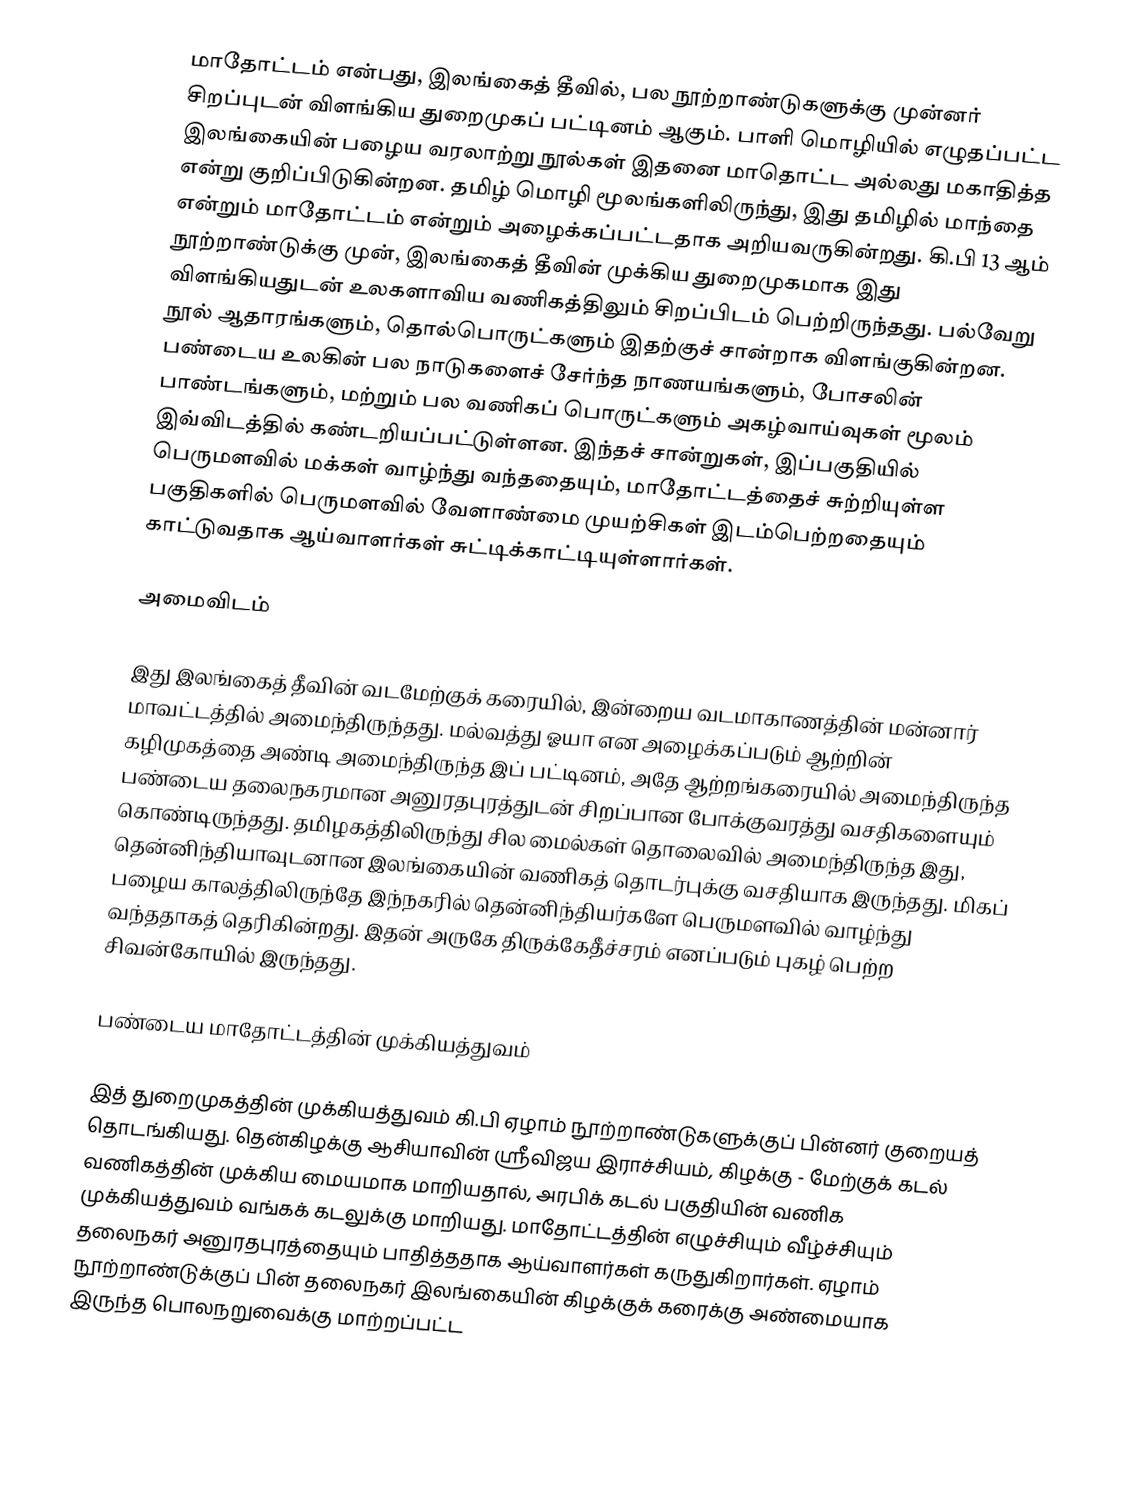
மாதோட்டம் என்பது, இலங்கைத் தீவில், பல நூற்றாண்டுகளுக்கு முன்னர் சிறப்புடன் விளங்கிய துறைமுகப் பட்டினம் ஆகும். பாளி மொழியில் எழுதப்பட்ட இலங்கையின் பழைய வரலாற்று நூல்கள் இதனை மாதொட்ட அல்லது மகாதித்த என்று குறிப்பிடுகின்றன. தமிழ் மொழி மூலங்களிலிருந்து, இது தமிழில் மாந்தை என்றும் மாதோட்டம் என்றும் அழைக்கப்பட்டதாக அறியவருகின்றது. கி.பி 13 ஆம் நூற்றாண்டுக்கு முன், இலங்கைத் தீவின் முக்கிய துறைமுகமாக இது விளங்கியதுடன் உலகளாவிய வணிகத்திலும் சிறப்பிடம் பெற்றிருந்தது. பல்வேறு நூல் ஆதாரங்களும், தொல்பொருட்களும் இதற்குச் சான்றாக விளங்குகின்றன. பண்டைய உலகின் பல நாடுகளைச் சேர்ந்த நாணயங்களும், போசலின் பாண்டங்களும், மற்றும் பல வணிகப் பொருட்களும் அகழ்வாய்வுகள் மூலம் இவ்விடத்தில் கண்டறியப்பட்டுள்ளன. இந்தச் சான்றுகள், இப்பகுதியில் பெருமளவில் மக்கள் வாழ்ந்து வந்ததையும், மாதோட்டத்தைச் சுற்றியுள்ள பகுதிகளில் பெருமளவில் வேளாண்மை முயற்சிகள் இடம்பெற்றதையும் காட்டுவதாக ஆய்வாளர்கள் சுட்டிக்காட்டியுள்ளார்கள்.

அமைவிடம்

இது இலங்கைத் தீவின் வடமேற்குக் கரையில், இன்றைய வடமாகாணத்தின் மன்னார் மாவட்டத்தில் அமைந்திருந்தது. மல்வத்து ஓயா என அழைக்கப்படும் ஆற்றின் கழிமுகத்தை அண்டி அமைந்திருந்த இப் பட்டினம், அதே ஆற்றங்கரையில் அமைந்திருந்த பண்டைய தலைநகரமான அனுரதபுரத்துடன் சிறப்பான போக்குவரத்து வசதிகளையும் கொண்டிருந்தது. தமிழகத்திலிருந்து சில மைல்கள் தொலைவில் அமைந்திருந்த இது, தென்னிந்தியாவுடனான இலங்கையின் வணிகத் தொடர்புக்கு வசதியாக இருந்தது. மிகப் பழைய காலத்திலிருந்தே இந்நகரில் தென்னிந்தியர்களே பெருமளவில் வாழ்ந்து வந்ததாகத் தெரிகின்றது. இதன் அருகே திருக்கேதீச்சரம் எனப்படும் புகழ் பெற்ற சிவன்கோயில் இருந்தது.

பண்டைய மாதோட்டத்தின் முக்கியத்துவம்

இத் துறைமுகத்தின் முக்கியத்துவம் கி.பி ஏழாம் நூற்றாண்டுகளுக்குப் பின்னர் குறையத் தொடங்கியது. தென்கிழக்கு ஆசியாவின் ஸ்ரீவிஜய இராச்சியம், கிழக்கு - மேற்குக் கடல் வணிகத்தின் முக்கிய மையமாக மாறியதால், அரபிக் கடல் பகுதியின் வணிக முக்கியத்துவம் வங்கக் கடலுக்கு மாறியது. மாதோட்டத்தின் எழுச்சியும் வீழ்ச்சியும் தலைநகர் அனுரதபுரத்தையும் பாதித்ததாக ஆய்வாளர்கள் கருதுகிறார்கள். ஏழாம் நூற்றாண்டுக்குப் பின் தலைநகர் இலங்கையின் கிழக்குக் கரைக்கு அண்மையாக இருந்த பொலநறுவைக்கு மாற்றப்பட்ட